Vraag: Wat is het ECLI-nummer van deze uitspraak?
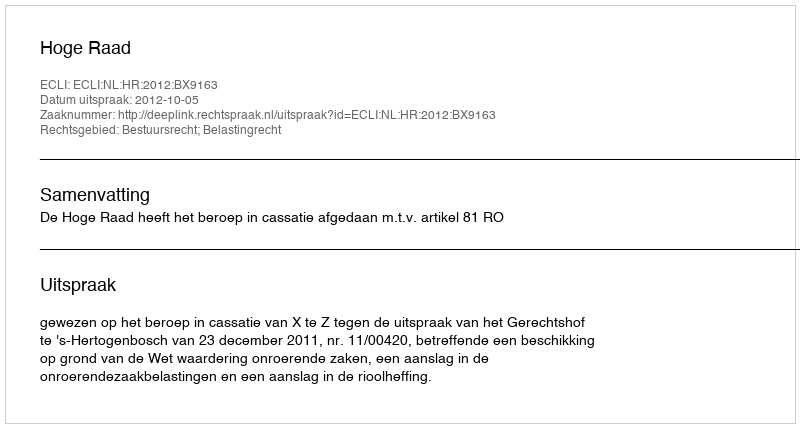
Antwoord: ECLI:NL:HR:2012:BX9163